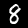
Label: 8